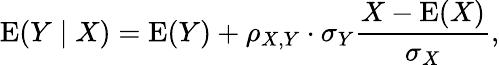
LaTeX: \operatorname{E}(Y\mid X)=\operatorname{E}(Y)+\rho_{X,Y}\cdot\sigma_{Y}{\frac{X-\operatorname{E}(X)}{\sigma_{X}}},